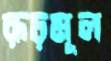
রূঢ়মূল